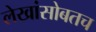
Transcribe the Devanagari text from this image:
लेखांसोबतच